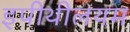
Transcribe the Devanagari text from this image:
इपीथीलयम